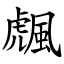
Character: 䬌